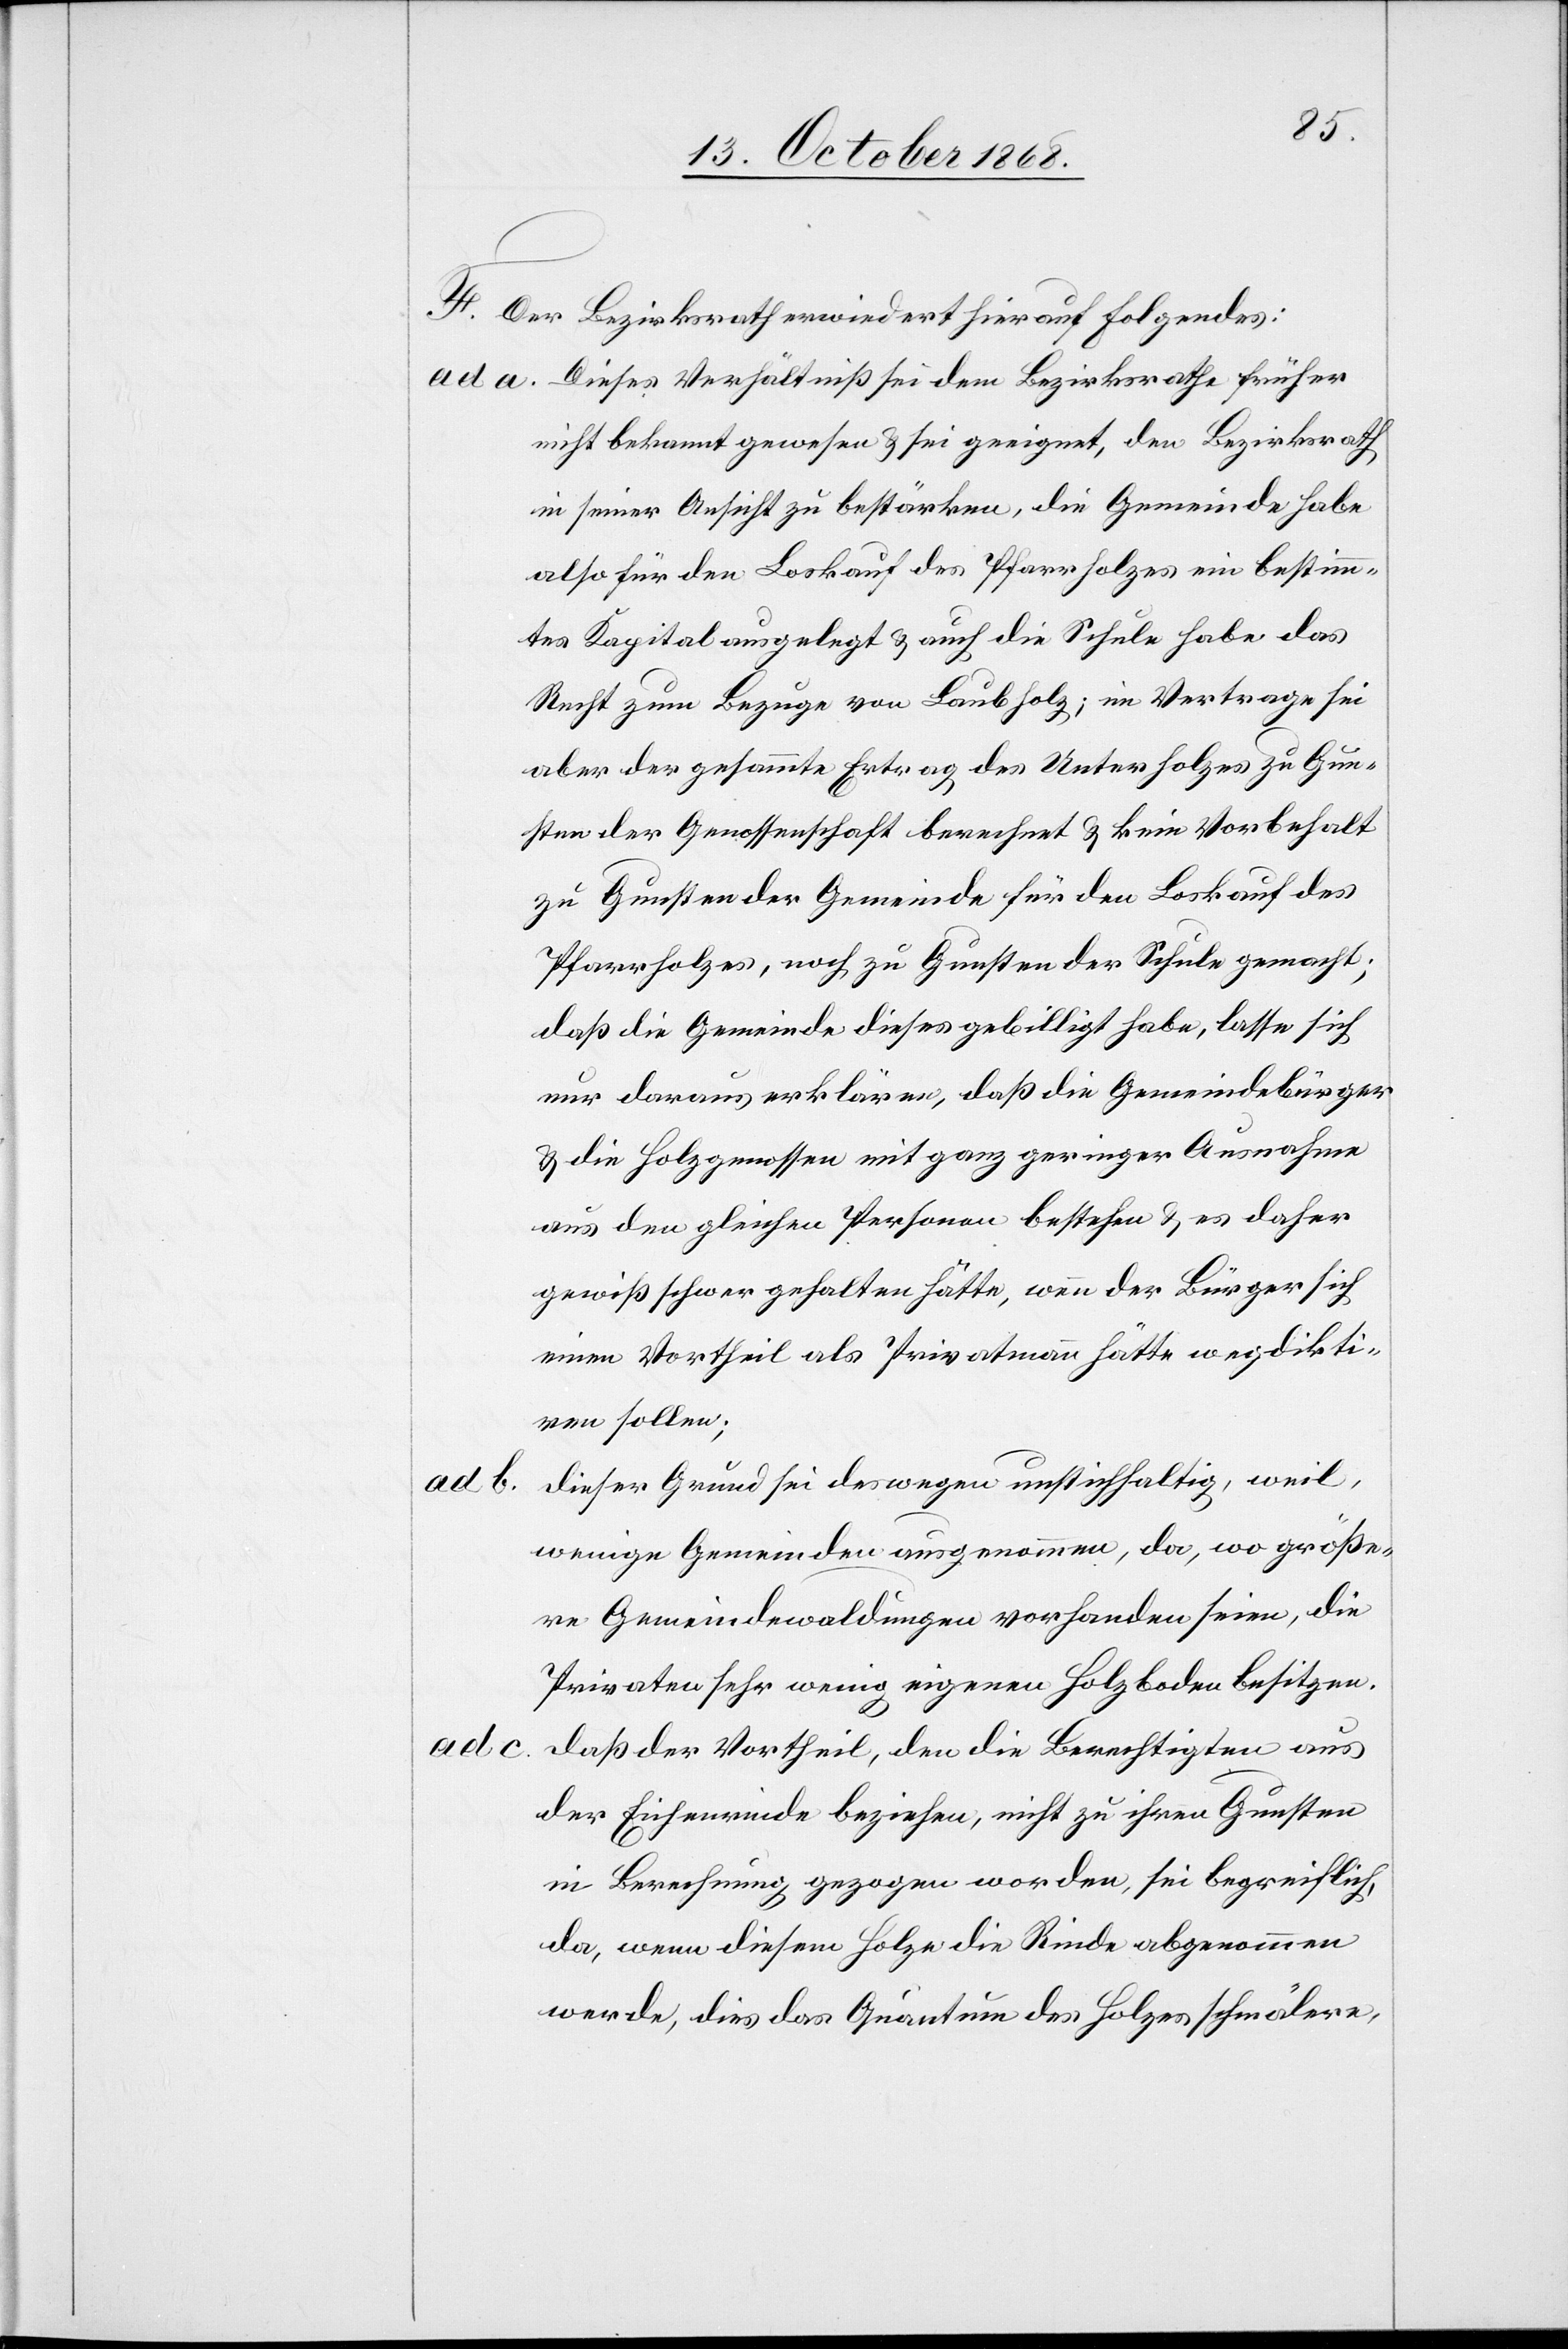
F. Der Bezirksrath erwiedert hierauf Folgendes:
Dieses Verhältniß sei dem Bezirksrathe früher
nicht bekannt gewesen & sei geeignet, den Bezirksrath
in seiner Ansicht zu bestärken, die Gemeinde habe
also für den Loskauf des Pfarrholzes ein bestimm¬
tes Kapital ausgelegt & auch die Schule habe das
Recht zum Bezuge von Laubholz; im Vertrage sei
aber der gesammte Ertrag des Unterholzes zu Gun¬
sten der Genossenschaft berechnet & kein Vorbehalt
zu Gunsten der Gemeinde für den Loskauf des
Pfarrholzes, noch zu Gunsten der Schule gemacht;
daß die Gemeinde dieses gebilligt habe, lasse sich
nur daraus erklären, daß die Gemeindebürger
& die Holzgenossen mit ganz geringer Ausnahme
aus den gleichen Personen bestehen & es daher
gewiß schwer gehalten hätte, wenn der Bürger sich
einen Vortheil als Privatmann hätte wegdikti¬
ren sollen;
Dieser Grund sei deswegen unstichhaltig, weil,
wenige Gemeinden ausgenommen, da, wo größe¬
re Gemeindewaldungen vorhanden seien, die
Privaten sehr wenig eigenen Holzboden besitzen.
Daß der Vortheil, den die Berechtigten aus
der Eichenrinde beziehen, nicht zu ihren Gunsten
in Berechnung gezogen worden, sei begreiflich,
da, wenn diesem Holze die Rinde abgenommen
werde, dies das Quantum des Holzes schmälere,